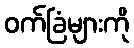
ဝက်ခြံများကို